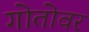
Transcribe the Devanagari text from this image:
गोतोवर